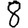
Digit: 8